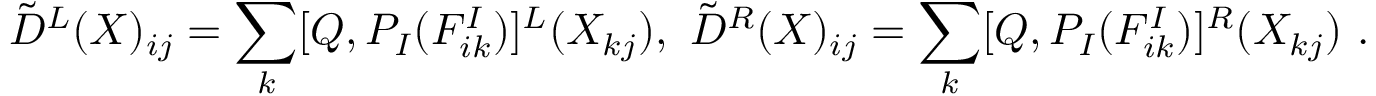
\tilde { D } ^ { L } ( X ) _ { i j } = \sum _ { k } [ Q , P _ { I } ( F _ { i k } ^ { I } ) ] ^ { L } ( X _ { k j } ) , \ \tilde { D } ^ { R } ( X ) _ { i j } = \sum _ { k } [ Q , P _ { I } ( F _ { i k } ^ { I } ) ] ^ { R } ( X _ { k j } ) \ .